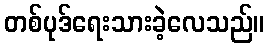
တစ်ပုဒ်ရေးသားခဲ့လေသည်။